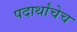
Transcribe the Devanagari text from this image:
पदार्थांचेच